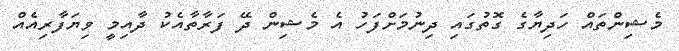
މެޝިންތައް ހަދިޔާގެ ގޮތުގައި ދިނުމަށްފަހު އެ މެޝިން ދޭ ފަރާތާއެކު ދާއިމީ ވިޔަފާރިއެއް